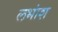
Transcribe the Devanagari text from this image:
लभांश